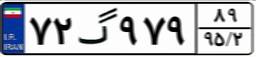
۴۰گ۱۸۳۹۴